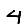
Digit: 4